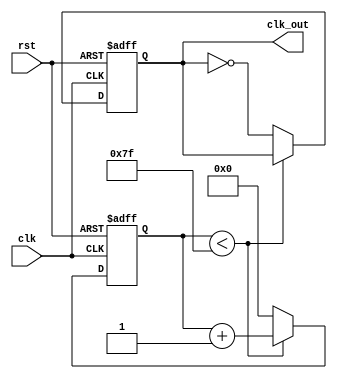
module even256_div(clk,rst,clk_out);

input clk,rst;
output clk_out;
reg clk_out;
reg[7:0] count;
// 
parameter N=256;

always @(posedge clk or negedge rst)
    if(!rst) begin
        // 
        count<=1'b0;
        clk_out<=1'b0;
    end
    else if(N%2==0)begin
        if(count<N/2-1) count <=count+1'b1;
        else begin
            // 
            count<=1'b0;
            clk_out<=~clk_out;
        end
    end

endmodule